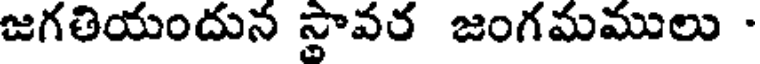
జగతియందున స్థావర జంగమములు -